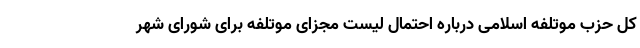
کل حزب موتلفه اسلامی درباره احتمال لیست مجزای موتلفه برای شورای شهر